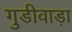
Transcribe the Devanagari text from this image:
गुडीवाड़ा